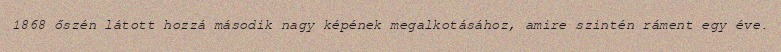
1868 őszén látott hozzá második nagy képének megalkotásához, amire szintén ráment egy éve.